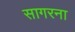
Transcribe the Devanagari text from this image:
सागरना